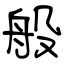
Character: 般